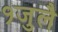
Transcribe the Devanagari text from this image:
१जुलै